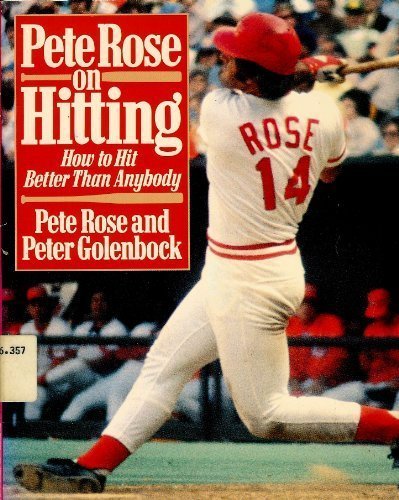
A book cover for Pete Rose on Hitting; P. Rose; Sports & Outdoors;